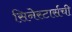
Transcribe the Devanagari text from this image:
सिनेस्टार्सची